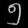
Digit: ၅